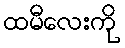
ထမီလေးကို